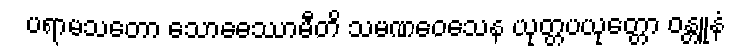
ပရာမသတော သောဓေဿာမီတိ သမဏဝေသေန ယုတ္တပယုတ္တော ဝန္တူနံ